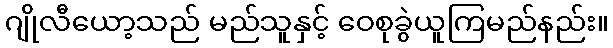
ဂျိုလီယော့သည် မည်သူနှင့် ဝေစုခွဲယူကြမည်နည်း။